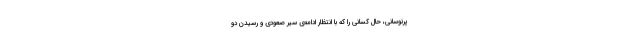
پرنوسانی، حالِ کسانی را که با انتظار ادامه‌ی سیر صعودی و رسیدن دو